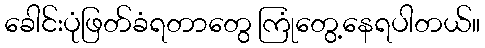
ခေါင်းပုံဖြတ်ခံရတာတွေ ကြုံတွေ့နေရပါတယ်။